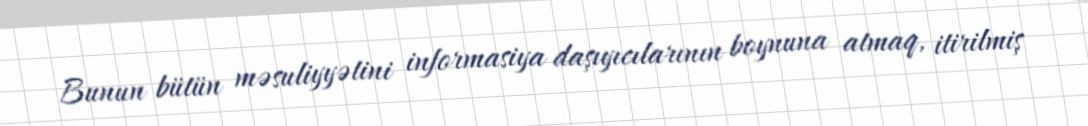
Bunun bütün məsuliyyətini informasiya daşıyıcılarının boynuna atmaq, itirilmiş